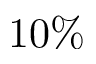
1 0 \%